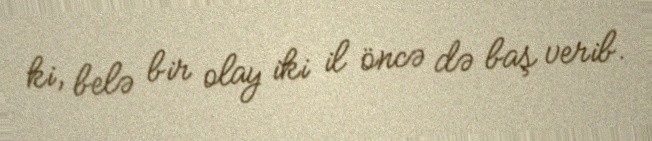
ki, belə bir olay iki il öncə də baş verib.